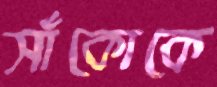
সাঁকোকে